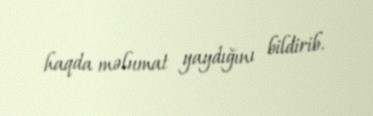
haqda məlumat yaydığını bildirib.